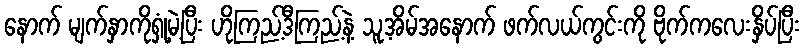
နောက် မျက်နှာကိုရှုံ့မဲ့ပြီး ဟိုကြည့်ဒီကြည့်နဲ့ သူ့အိမ်အနောက် ဖက်လယ်ကွင်းကို ဗိုက်ကလေးနှိပ်ပြီး